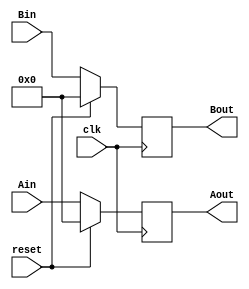
`timescale 1ns / 1ps
//////////////////////////////////////////////////////////////////////////////////
// Company: 
// Engineer: 
// 
// Design Name: 
// Module Name:    ALUsrc_regs 
// Project Name: 
// Target Devices: 
// Tool versions: 
// Description: 
//
// Dependencies: 
//
// Revision: 
// Revision 0.01 - File Created
// Additional Comments: 
//
//////////////////////////////////////////////////////////////////////////////////
module ALUsrc_regs(Aout,Bout,Ain,Bin,reset,clk);
output reg [31:0] Aout,Bout;
input  [31:0] Ain, Bin;
input reset,clk;

initial begin Aout = 0;Bout = 0; end
always@(posedge clk)
begin 
if (reset)
	begin 
	Aout <= 0;
	Bout <= 0;
	end
else 
	begin 
	Aout <= Ain;
	Bout <= Bin;
	end
end
endmodule